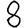
Digit: 8